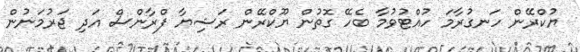
ޔުކްރޭން ހަނގުރާމަ ހުއްޓުވުމާ ބެހޭ ގޮތުން ޔޫކްރޭން ރަޝިޔާ ފްރާންސް އަދި ޖަރުމަނުން